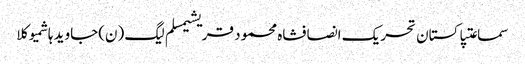
سماعتپاکستان تحریک انصافشاہ محمود قریشیمسلم لیگ (ن)جاوید ہاشمیوکلا